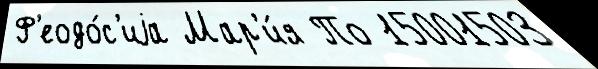
Ф'еодо́с'иjа Мар'и́я По 15001503